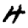
Digit: 4